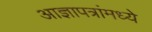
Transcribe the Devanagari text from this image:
आज्ञापत्रांमध्ये